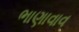
ભાણાવાવ